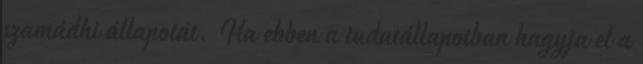
szamádhi állapotát. Ha ebben a tudatállapotban hagyja el a